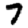
Digit: 7